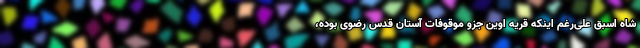
شاه اسبق علی‌رغم اینکه قریه اوین جزو موقوفات آستان قدس رضوی بوده،